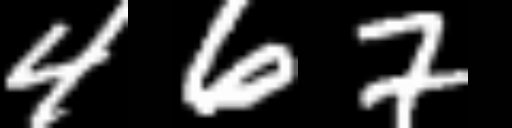
Text: 467